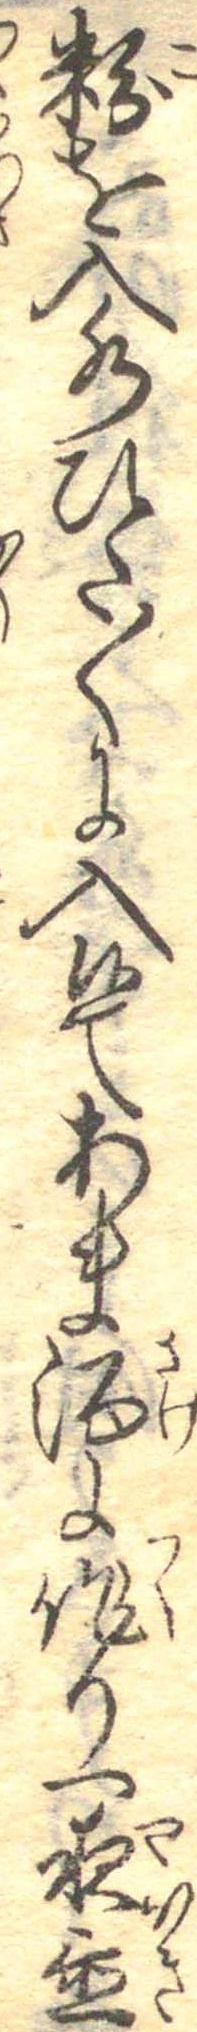
粉を入水ひた〱に入候てあま酒に作り一夜置